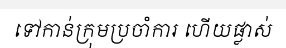
ទៅកាន់ក្រុមប្រចាំការ ហើយផ្លាស់